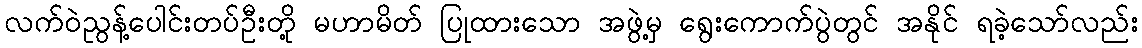
လက်ဝဲညွန့်ပေါင်းတပ်ဦးတို့ မဟာမိတ် ပြုထားသော အဖွဲ့မှ ရွေးကောက်ပွဲတွင် အနိုင် ရခဲ့သော်လည်း